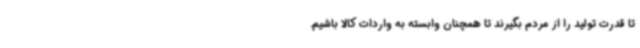
تا قدرت تولید را از مردم بگیرند تا همچنان وابسته به واردات کالا باشیم.